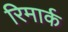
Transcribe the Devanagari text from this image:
रिमार्क